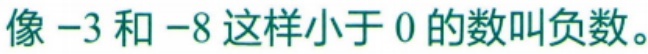
像$-3$和$-8$这样小于$0$的数叫负数。